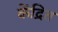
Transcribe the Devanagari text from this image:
केंद्रित